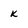
Character: K